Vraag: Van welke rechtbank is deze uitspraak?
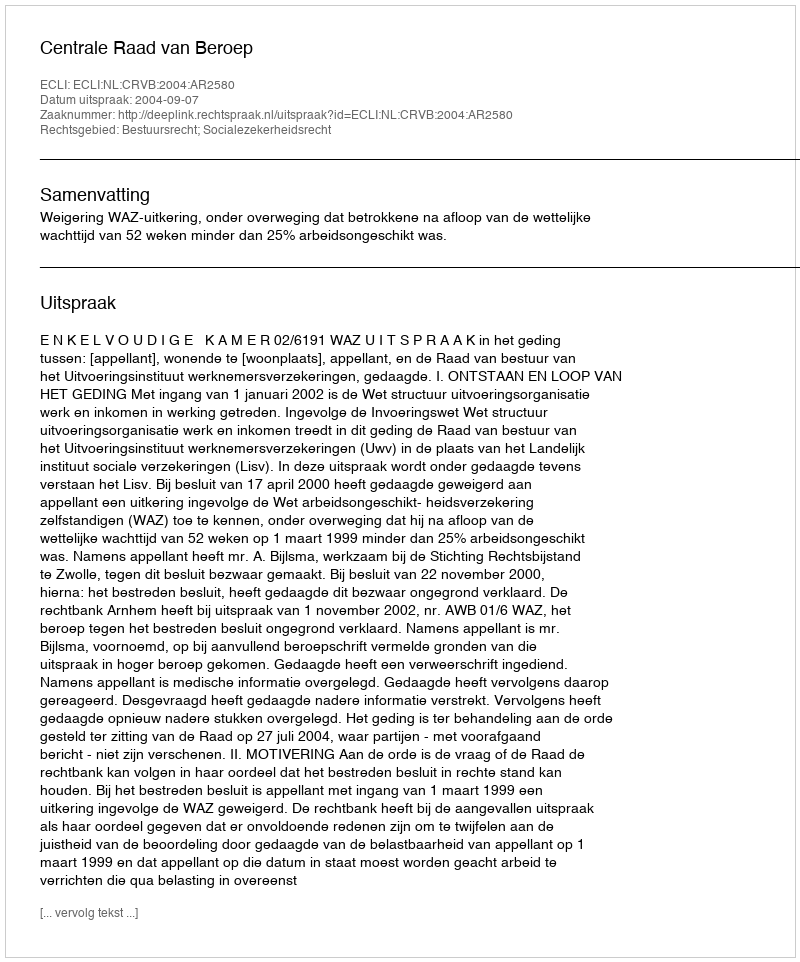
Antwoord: Centrale Raad van Beroep